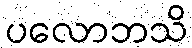
ပလောဘသိ